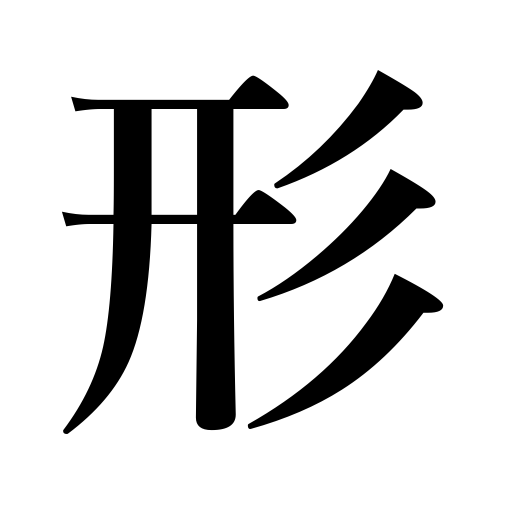
Meanings: pattern,form,design,shape,size,personal appearance,make,mark,format